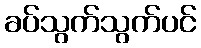
ခပ်သွက်သွက်ပင်